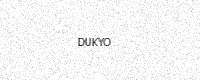
Text: DUKYO